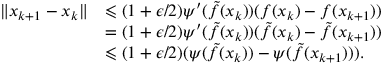
\begin{array} { r l } { \| x _ { k + 1 } - x _ { k } \| } & { \leqslant ( 1 + \epsilon / 2 ) \psi ^ { \prime } ( \tilde { f } ( x _ { k } ) ) ( f ( x _ { k } ) - f ( x _ { k + 1 } ) ) } \\ & { = ( 1 + \epsilon / 2 ) \psi ^ { \prime } ( \tilde { f } ( x _ { k } ) ) ( \tilde { f } ( x _ { k } ) - \tilde { f } ( x _ { k + 1 } ) ) } \\ & { \leqslant ( 1 + \epsilon / 2 ) ( \psi ( \tilde { f } ( x _ { k } ) ) - \psi ( \tilde { f } ( x _ { k + 1 } ) ) ) . } \end{array}